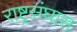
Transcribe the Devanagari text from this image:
राष्ट्रसंघास